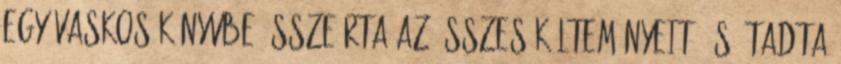
egy vaskos könyvbe összeírta az összes költeményeit, és átadta